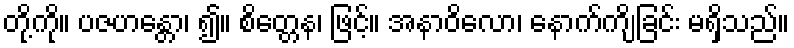
တို့ကို။ ပဇဟန္တော၊ ၍။ စိတ္တေန၊ ဖြင့်။ အနာဝိလော၊ နောက်ကျိခြင်း မရှိသည်။